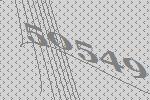
50549